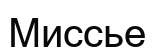
Миссье